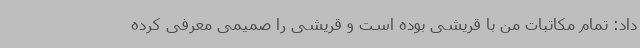
داد: تمام مکاتبات من با قریشی بوده است و قریشی را صمیمی معرفی کرده